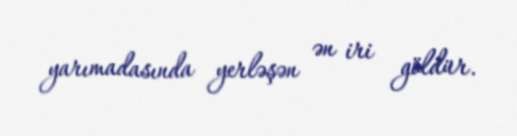
yarımadasında yerləşən ən iri göldür.